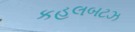
કહલબટઝ